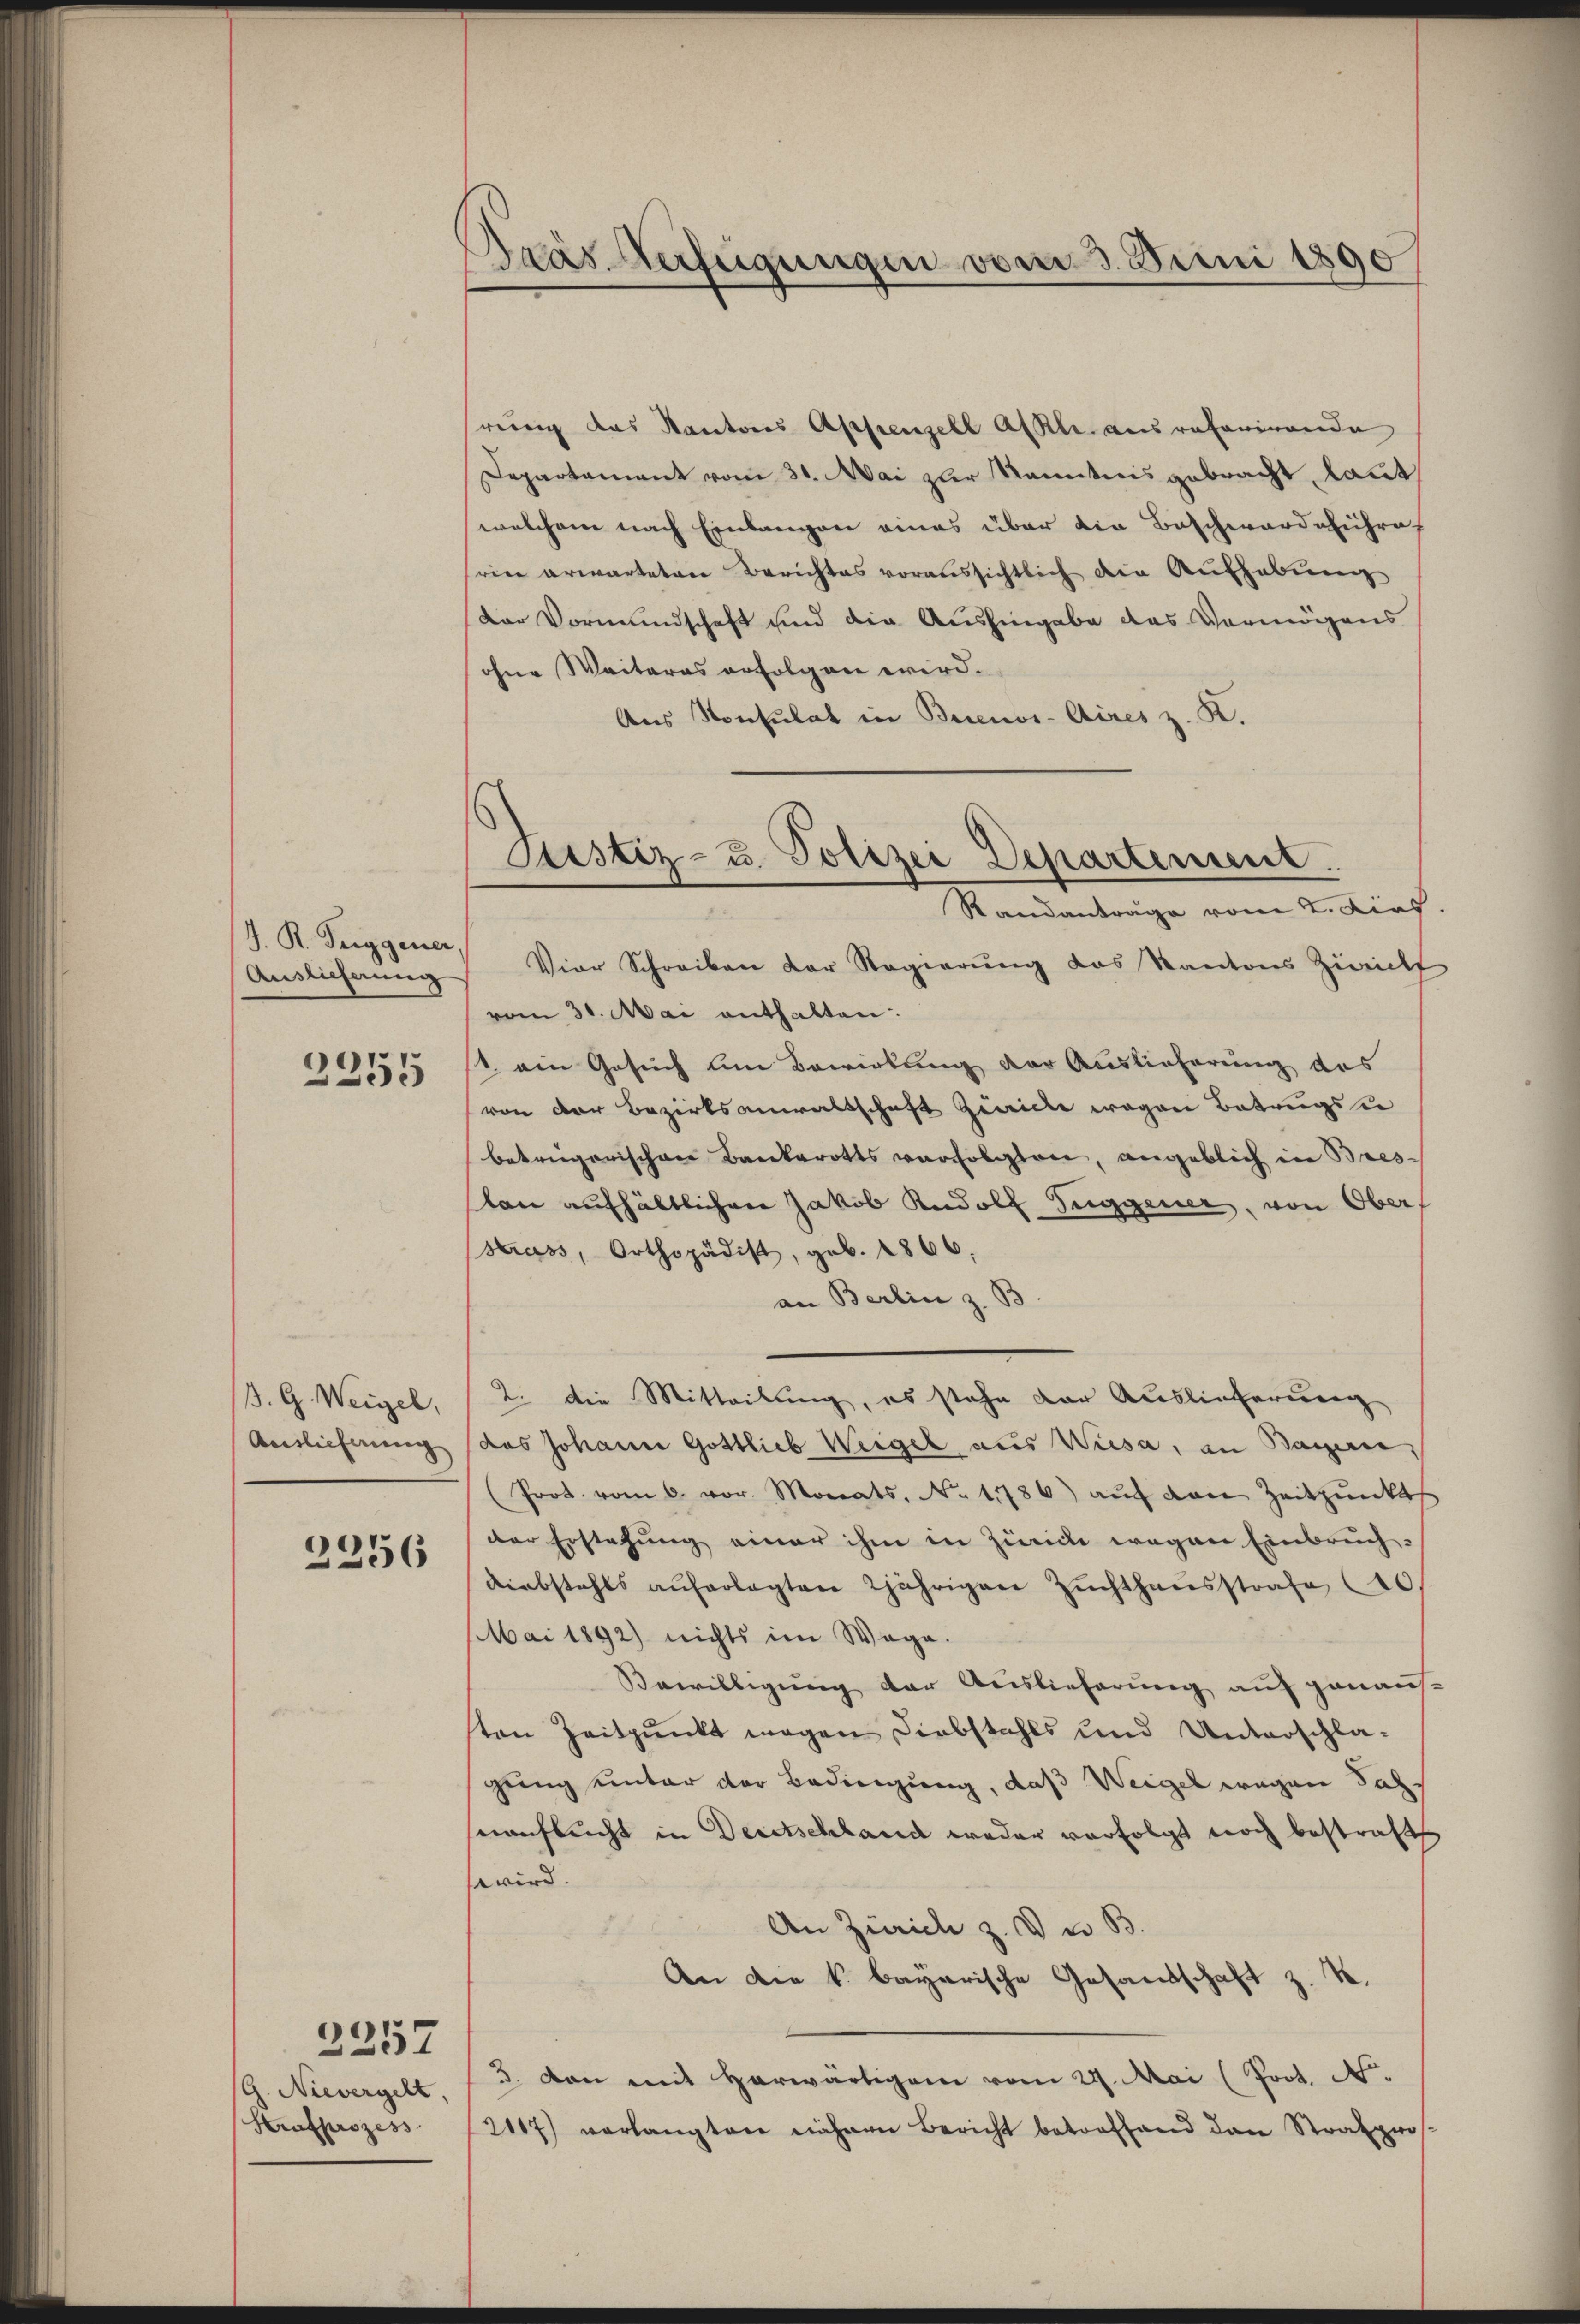
J. R. Teiggener,
Auslieferung

2251

B. G. Weigel,
Auslicherung

2256

G. Nievergelt,
Strafprozess

2257

Dras erfügungen vom 5. Juni 1890

rung das Kantons Appenzell Akl. ausreferirende
Departament vom 31. Mai zur Kenntnis gebracht laut
welchem nach Einlangen eines über die Beschwardeführe,
rien erwarteten Berichtes voraussichtlich die Aufhebung
Der Vormundschaft und die Aushingabe das Vermögens
ohne Weiteres erfolgen wird.
Aus Konsulat in Buenos-Aires z. K.
Vier Schreiben der Regierŭng das Kantons Zürich
vom 30. Mai enthalten:
1. ein Gesuch um Bewirkung der Auslieferung des
von der Bezirksanwaltschaft Zwicke wegen Betrugsu
betrügerischen Bankerotts verfolgten, angeblich in Breston aufhältlichen Jakob Rudolf Suggener, von Ober
Strass, Orthopädist, geb. 1866.
an Berlin z. B
2. Die Mitteilung, es stehe der Auslieferung
das Johann Gottlieb Weigel aus Wiesa, an Bayern,
(Prot. vom 6. vor. Monats No. 1786) aŭf den Zeitpunkts
der Erstehung einer ihm in Zürich wegen Einbruch-
diebstahls auferlegten 2jährigen Zŭchthaŭsstrafe (40
Mai 1892) nichts im Wege.
Bewilligung der Auslieferung auf genausten Zeitpunkt wegen Diebstahls und Unterschla-
gung unter der Bedingung, daß Weigel wegen Jahuanflecht in Deutschland weder verfolgt noch bestraft
wird.
An Zürich z. V u B

An die k. bayerische Gesandschaft z. B.
3. Dann mit herwärtigem vom 29. Mai (Poot. N.
2117) verlangten nähren Bericht betreffend den Strafpros.

Justiz- u. Polizei Departement.
Randanträge vom 2. Dies